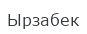
Ырзабек